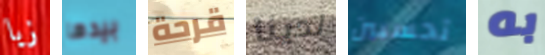
زيا بيدها قرحة لدينا تحسبين به